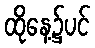
ထိုနေ့၌ပင်